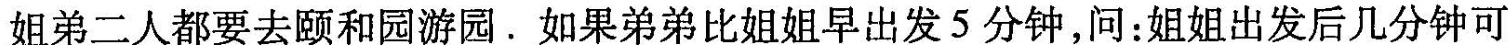
姐弟二人都要去颐和园游园. 如果弟弟比姐姐早出发 5 分钟，问：姐姐出发后几分钟可